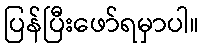
ပြန်ပြီးဖော်ရမှာပါ။